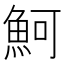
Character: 魺